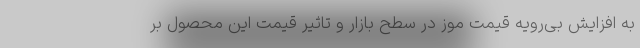
به افزایش بی‌رویه قیمت موز در سطح بازار و تاثیر قیمت این محصول بر